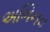
અભિનવ